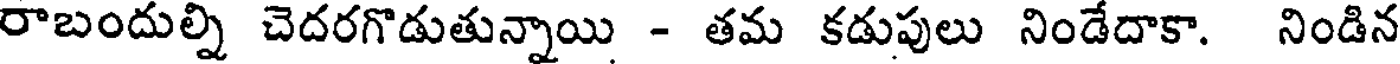
రాబందుల్ని చెదరగొడుతున్నాయి - తమ కడుపులు నిండేదాకా. నిండిన